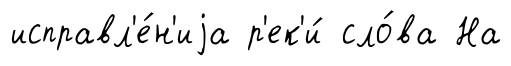
исправл'е́н'иjа р'ек'и́ сло́ва На